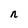
Character: n